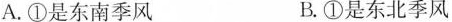
A.①是东南季风 B.①是东北季风